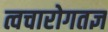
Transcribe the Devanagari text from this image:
त्वचारोगतज्ञ